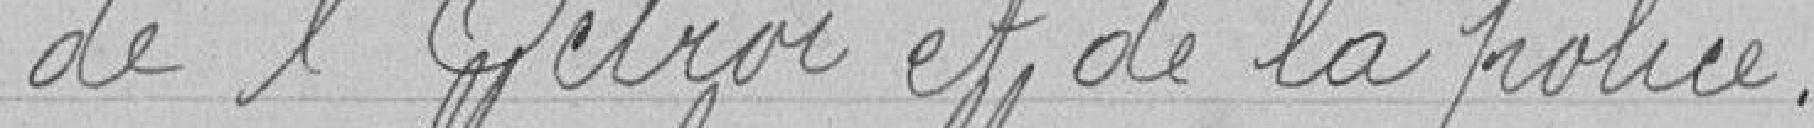
de l'Octroi et de la police.